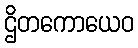
ဌိတကောယေဝ